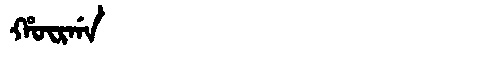
Manchu: ᡥᡡᡵᡤᠠ
Romanization: HŪRGA